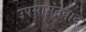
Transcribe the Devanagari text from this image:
उपसामंतवाद